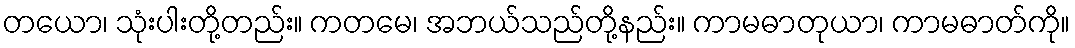
တယော၊ သုံးပါးတို့တည်း။ ကတမေ၊ အဘယ်သည်တို့နည်း။ ကာမဓာတုယာ၊ ကာမဓာတ်ကို။